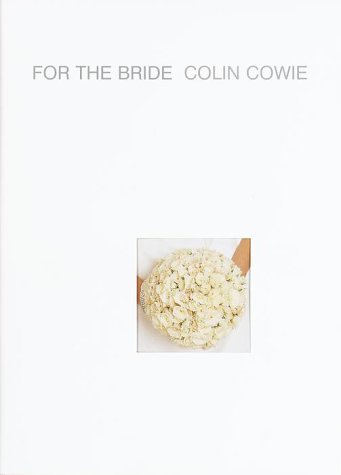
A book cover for For the Bride; Colin Cowie; Crafts, Hobbies & Home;